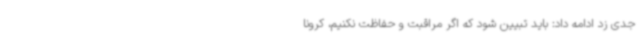
جدی زد ادامه داد: باید تبیین شود که اگر مراقبت و حفاظت نکنیم، کرونا